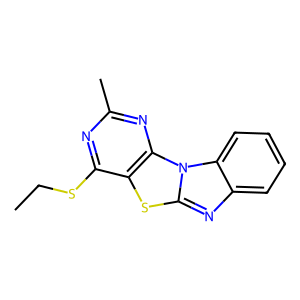
SMILES: CCSc1nc(C)nc2c1sc1nc3ccccc3n12
Inhibits HIV replication: No